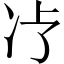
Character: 𱐁